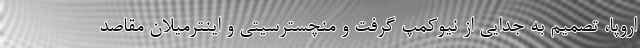
اروپا، تصمیم به جدایی از نیوکمپ گرفت و منچسترسیتی و اینترمیلان مقاصد